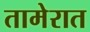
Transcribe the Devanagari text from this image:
तामेरात